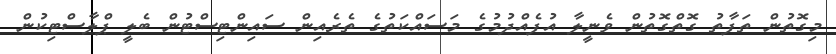
މިގޮތުން ތަފާތު ގޮތްގޮތުން ވެނީލާ އުފެއްދުމުގެ މަސައްކަތުގެ ތެރެއިން ސައިންޓިސްޓުން ބެލީ ޕްލާސްޓިކުން